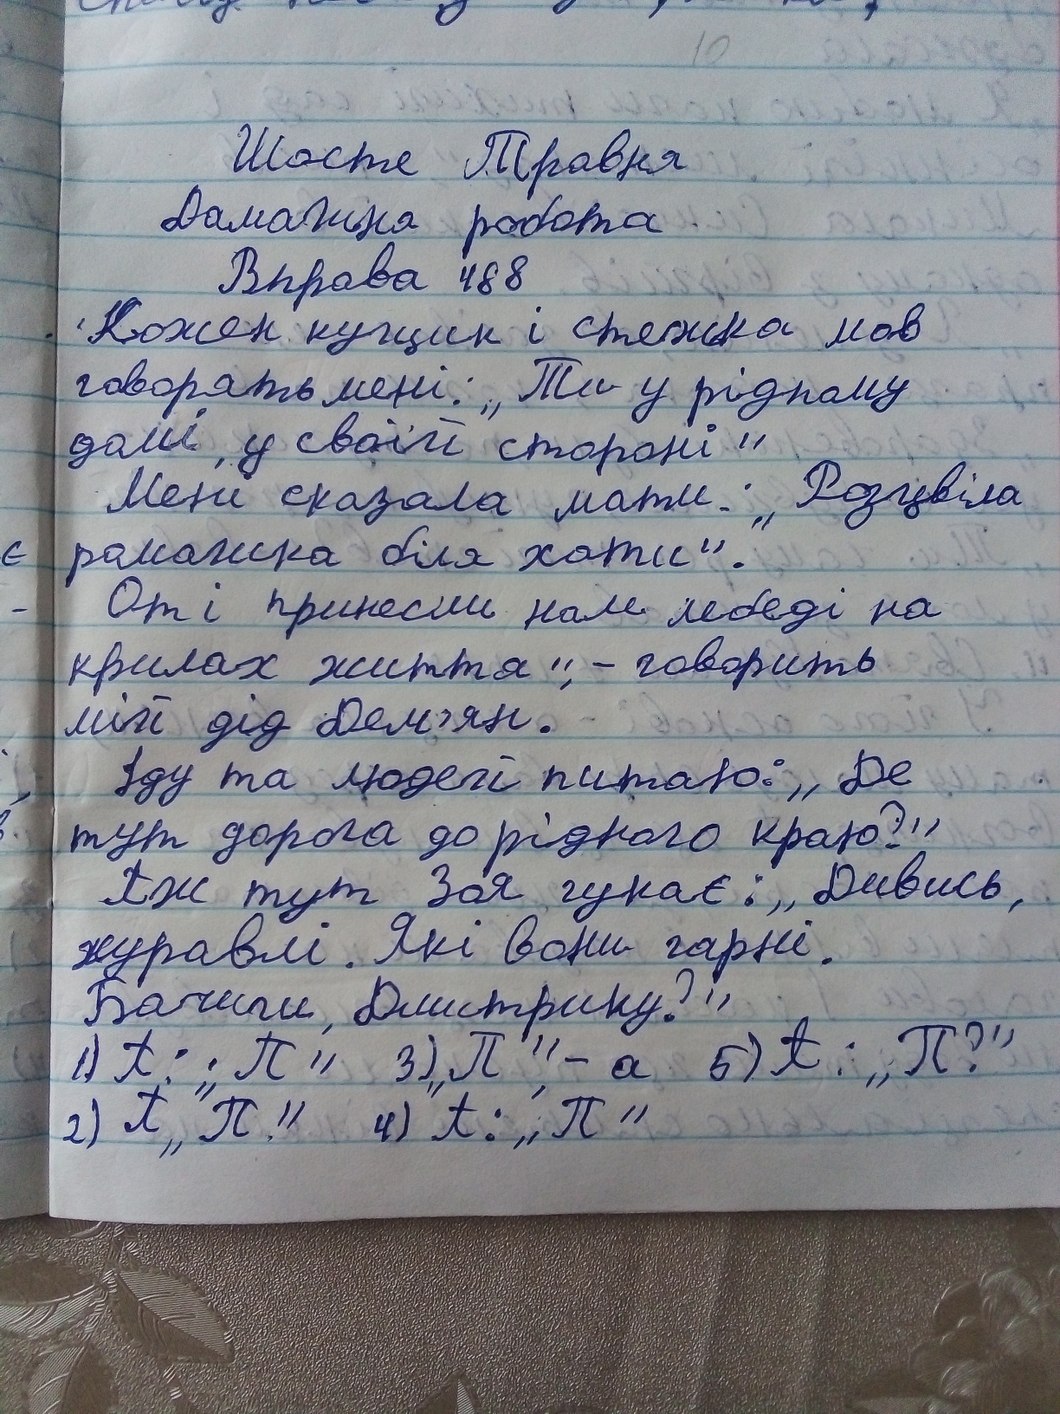
Шосте Травня
Домашня робота
Вправа 488
Кожен кущик і стежка мов
говорять мені: "Ти у рідному
домі, у своїй стороні"
Мені сказала мати: "Розцвіла
ромашка біля хати".
От і принесли нам лебеді на
крилах життя", - говорить
мій дід Дем'ян.
Іду та людей питаю: "Де
тут дорога до рідного краю?!"
Аж тут Зая гукає: "Дивись,
журавлі. Які вони гарні.
Бачиш, Дмитрику?"
5) А: "П?"
1) А: "П"
3) "П", - а
2) П "П."
4) А: "П"